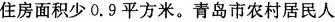
住房面积少0.9平方米。青岛市农村居民人